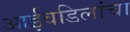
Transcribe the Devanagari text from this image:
आईवडिलांचा